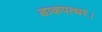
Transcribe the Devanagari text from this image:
डाकपत्थर।